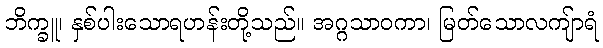
ဘိက္ခူ၊ နှစ်ပါးသောရဟန်းတို့သည်။ အဂ္ဂသာဝကာ၊ မြတ်သောလကျ်ာရံ